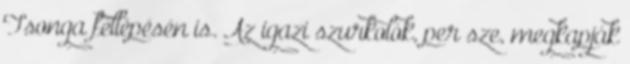
Tsonga fellépésén is. Az igazi szurkolók, per­ sze, megkapják